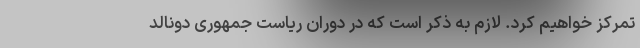
تمرکز خواهیم کرد. لازم به ذکر است که در دوران ریاست جمهوری دونالد